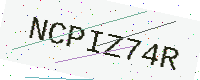
Text: NCPIZ74R